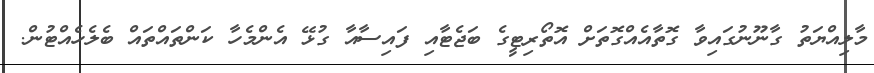
މާލިއްޔަތު ގާނޫނުގައިވާ ގޮތާއެއްގޮތަށް އޮތޯރިޓީގެ ބަޖެޓާއި ފައިސާއާ ގުޅޭ އެންމެހާ ކަންތައްތައް ބެލެހެއްޓުން.